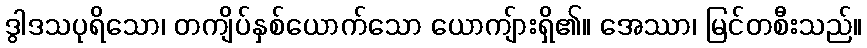
ဒွါဒသပုရိသော၊ တကျိပ်နှစ်ယောက်သော ယောကျ်ားရှိ၏။ အေဿာ၊ မြင်တစီးသည်။